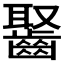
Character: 𪘸